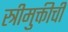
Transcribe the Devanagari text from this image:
स्त्रीमुक्तीची